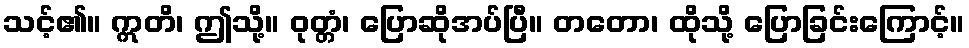
သင့်၏။ ဣတိ၊ ဤသို့။ ဝုတ္တံ၊ ပြောဆိုအပ်ပြီ။ တတော၊ ထိုသို့ ပြောခြင်းကြောင့်။